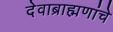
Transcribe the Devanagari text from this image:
देवाब्राह्मणांचे